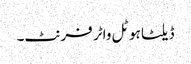
ڈیلٹا ہوٹل واٹر فرنٹ۔